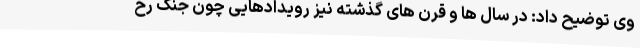
وی توضیح داد: در سال ها و قرن های گذشته نیز رویدادهایی چون جنگ رخ